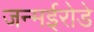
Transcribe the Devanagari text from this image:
जन्मईरोडे